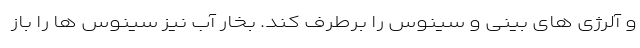
و آلرژی های بینی و سینوس را برطرف کند. بخار آب نیز سینوس ها را باز